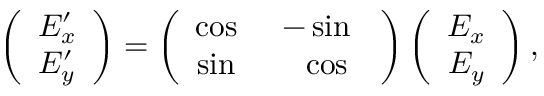
\begin{array} { r } { \left( \begin{array} { c } { E _ { x } ^ { \prime } } \\ { E _ { y } ^ { \prime } } \end{array} \right) = \left( \begin{array} { c c } { \cos { \it \Psi } } & { - \sin { \it \Psi } } \\ { \sin { \it \Psi } } & { \ \ \cos { \it \Psi } } \end{array} \right) \left( \begin{array} { c } { E _ { x } } \\ { E _ { y } } \end{array} \right) , } \end{array}